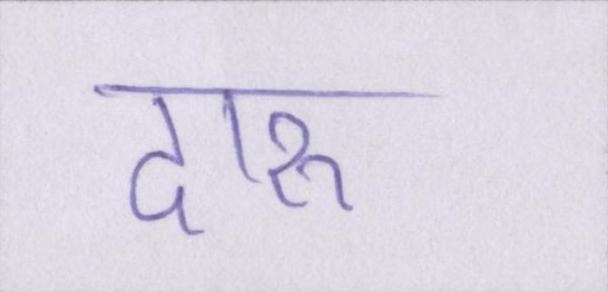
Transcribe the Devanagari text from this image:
दारू